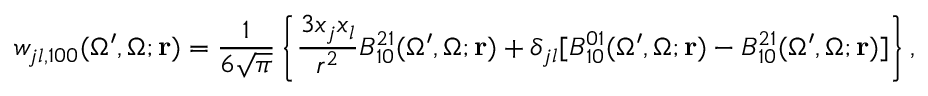
{ w } _ { j l , 1 0 0 } ( \Omega ^ { \prime } , \Omega ; \mathbf { r } ) = \frac { 1 } { 6 \sqrt { \pi } } \left\{ \frac { 3 x _ { j } x _ { l } } { r ^ { 2 } } { \cal B } _ { 1 0 } ^ { 2 1 } ( \Omega ^ { \prime } , \Omega ; \mathbf { r } ) + \delta _ { j l } [ { \cal B } _ { 1 0 } ^ { 0 1 } ( \Omega ^ { \prime } , \Omega ; \mathbf { r } ) - { \cal B } _ { 1 0 } ^ { 2 1 } ( \Omega ^ { \prime } , \Omega ; \mathbf { r } ) ] \right\} ,